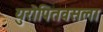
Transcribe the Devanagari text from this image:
युरोपितवसला